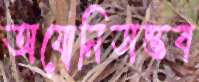
অযোনিসম্ভব